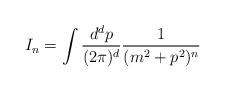
LaTeX: \begin{align*}I_n= \int \frac{d^dp}{(2\pi)^d}\frac{1}{(m^2+p^2)^n}\end{align*}